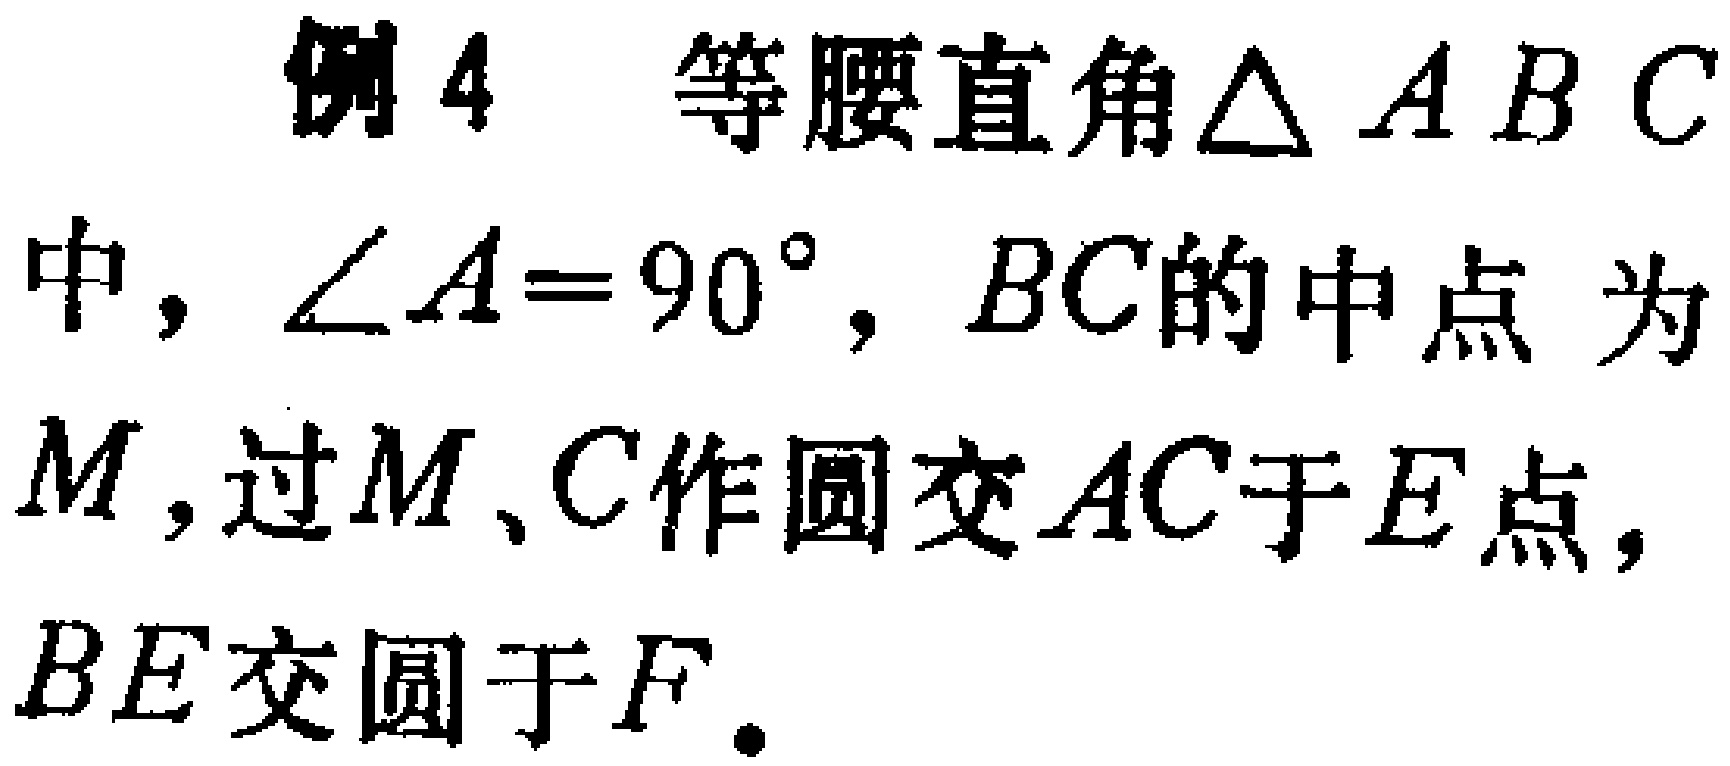
例4 等腰直角$\triangle ABC$中，$\angle A = 90^{\circ}$，$BC$的中点为$M$，过$M$、$C$作圆交$AC$于$E$点，$BE$交圆于$F$。